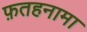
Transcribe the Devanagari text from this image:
फ़तहनामा